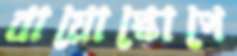
বায়োস্কোপে